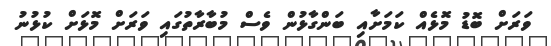
ވަރަށް ބޮޑު މޮޅެއް ކަމަށާއި ބަންގާޅުން ވެސް މުބާރާތުގައި ވަރަށް މޮޅަށް ކުޅުނު